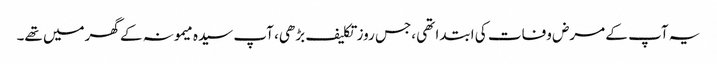
یہ آپ کے مرض وفات کی ابتدا تھی ،جس روز تکلیف بڑھی، آپ سیدہ میمونہ کے گھرمیں تھے۔